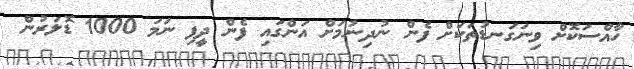
ހާއްސަކޮށް ވިނަގަނޑުތަކަށް ފެން ނުދިނުމަށް އަންގައި ފެން ދީފި ނަމަ 1000 ޑޮލަރުން